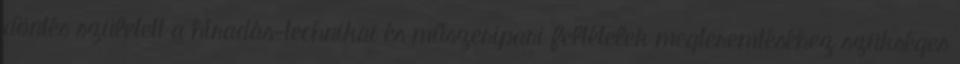
döntés született a híradás-technikai és műszeripari feltételek megteremtéséhez szükséges